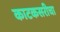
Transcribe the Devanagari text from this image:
काटकसरीचा